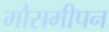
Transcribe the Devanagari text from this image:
मौसमीपन